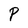
Character: P